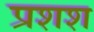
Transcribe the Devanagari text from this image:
प्रशश